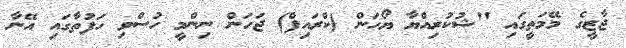
ޖާޒީގެ މޭމަތީގައި "ޝުކުރިއްޔާ ޔޯހަން (ކްރައިފް) ޖަހަން ނިންމީ ހުސްވި ހަފުތާގައި އޭނާ